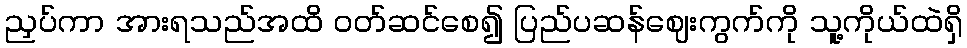
ညှပ်ကာ အားရသည်အထိ ဝတ်ဆင်စေ၍ ပြည်ပဆန်ဈေးကွက်ကို သူ့ကိုယ်ထဲရှိ